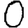
Digit: 0